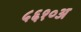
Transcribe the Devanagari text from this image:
५६१०अ